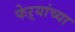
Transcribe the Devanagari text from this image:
फेऱ्यांच्या